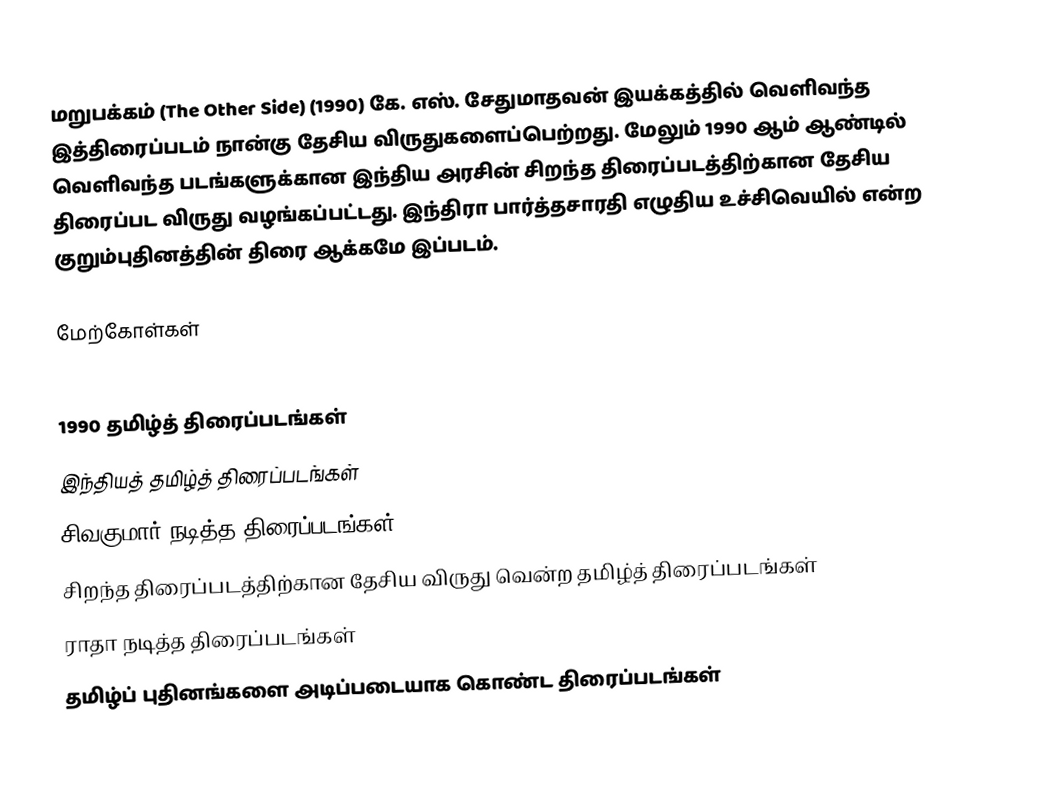
மறுபக்கம் (The Other Side) (1990) கே. எஸ். சேதுமாதவன் இயக்கத்தில் வெளிவந்த இத்திரைப்படம் நான்கு தேசிய விருதுகளைப்பெற்றது. மேலும் 1990 ஆம் ஆண்டில் வெளிவந்த படங்களுக்கான இந்திய அரசின் சிறந்த திரைப்படத்திற்கான தேசிய திரைப்பட விருது வழங்கப்பட்டது. இந்திரா பார்த்தசாரதி எழுதிய உச்சிவெயில் என்ற குறும்புதினத்தின் திரை ஆக்கமே இப்படம்.

மேற்கோள்கள்

1990 தமிழ்த் திரைப்படங்கள்
இந்தியத் தமிழ்த் திரைப்படங்கள்
சிவகுமார் நடித்த திரைப்படங்கள்
சிறந்த திரைப்படத்திற்கான தேசிய விருது வென்ற தமிழ்த் திரைப்படங்கள்
ராதா நடித்த திரைப்படங்கள்
தமிழ்ப் புதினங்களை அடிப்படையாக கொண்ட திரைப்படங்கள்